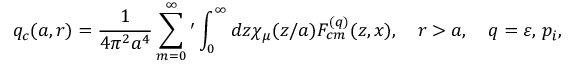
q _ { c } ( a , r ) = \frac { 1 } { 4 \pi ^ { 2 } a ^ { 4 } } \sum _ { m = 0 } ^ { \infty } { ' } \int _ { 0 } ^ { \infty } { d z \chi _ { \mu } ( z / a ) F _ { c m } ^ { ( q ) } ( z , x ) } , \quad r > a , \quad q = \varepsilon , \, p _ { i } ,